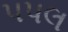
પપલ